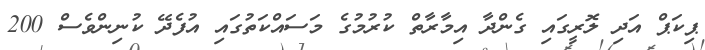
ޕިކަޕް އަދި ލޮރީގައި ގެންދާ އިމާރާތް ކުރުމުގެ މަސައްކަތުގައި އުފެދޭ ކުނިންވެސް 200